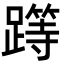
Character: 𨅸